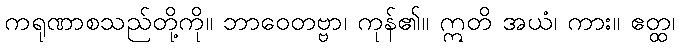
ကရုဏာစသည်တို့ကို။ ဘာဝေတဗ္ဗာ၊ ကုန်၏။ ဣတိ အယံ၊ ကား။ ဧတ္ထ၊